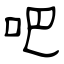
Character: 吧